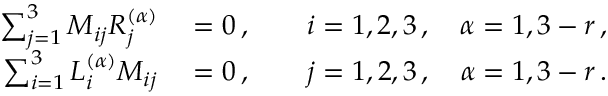
\begin{array} { r l } { \sum _ { j = 1 } ^ { 3 } M _ { i j } R _ { j } ^ { ( \alpha ) } } & { { } = 0 \, , \qquad i = 1 , 2 , 3 \, , \quad \alpha = 1 , 3 - r \, , } \\ { \sum _ { i = 1 } ^ { 3 } L _ { i } ^ { ( \alpha ) } M _ { i j } } & { { } = 0 \, , \qquad j = 1 , 2 , 3 \, , \quad \alpha = 1 , 3 - r \, . } \end{array}